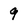
Character: 9